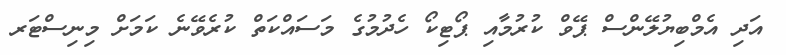
އަދި އެމްބިޔުލޭންސް ޕޭވް ކުރުމާއި ޕޯޓިކޯ ހެދުމުގެ މަސައްކަތް ކުރެވޭނެ ކަމަށް މިނިސްޓަރ